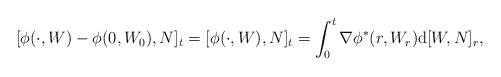
LaTeX: \begin{align*}[\phi(\cdot, W) -\phi(0, W_0), N]_t = [\phi(\cdot, W), N]_t = \int_0^t \nabla \phi^* (r, W_r) \mathrm d[W,N]_r,\end{align*}